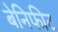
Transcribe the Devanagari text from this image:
बेनिफीट